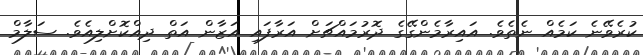
ކުރެވޭނެ ކަމެއް ނެތެވެ. އައިރާމެންގޭގެ ދޮރުމައްޗަށް އަރާފައި އަޒާން އަތް ދިއްކޮށްލިއެވެ. ސަލާމް